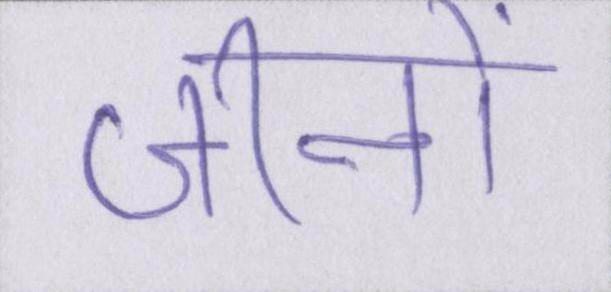
जीनों